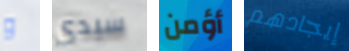
و سيدي أؤمن إيجادهم